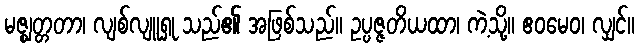
မဇ္ဈတ္တတာ၊ လျစ်လျူရှု သည်၏ အဖြစ်သည်။ ဥပ္ပဇ္ဇတိယထာ၊ ကဲ့သို့။ ဧဝမေဝ၊ လျှင်။